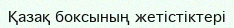
Қазақ боксының жетістіктері